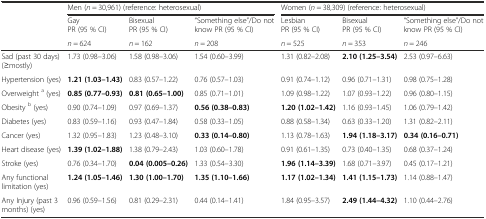
<table><thead><tr><td rowspan="3"></td><td colspan="3"><b>Men (<i>n</i> = 30,961) (reference: heterosexual)</b></td><td colspan="3"><b>Women (<i>n</i> = 38,309) (reference: heterosexual)</b></td></tr><tr><td><b>Gay PR (95 % CI)</b></td><td><b>Bisexual PR (95 % CI)</b></td><td><b>“Something else”/Do not know PR (95 % CI)</b></td><td><b>Lesbian PR (95 % CI)</b></td><td><b>Bisexual PR (95 % CI)</b></td><td><b>“Something else”/Do not know PR (95 % CI)</b></td></tr><tr><td><b><i>n</i> = 624</b></td><td><b><i>n</i> = 162</b></td><td><b><i>n</i> = 208</b></td><td><b><i>n</i> = 525</b></td><td><b><i>n</i> = 353</b></td><td><b><i>n</i> = 246</b></td></tr></thead><tbody><tr><td>Sad (past 30 days) (≥mostly)</td><td>1.73 (0.98–3.06)</td><td>1.58 (0.98–3.06)</td><td>1.54 (0.60–3.99)</td><td>1.31 (0.82–2.08)</td><td><b>2.10 (1.25–3.54)</b></td><td>2.53 (0.97–6.63)</td></tr><tr><td>Hypertension (yes)</td><td><b>1.21 (1.03–1.43)</b></td><td>0.83 (0.57–1.22)</td><td>0.76 (0.57–1.03)</td><td>0.91 (0.74–1.12)</td><td>0.96 (0.71–1.31)</td><td>0.98 (0.75–1.28)</td></tr><tr><td>Overweight <sup>a</sup> (yes)</td><td><b>0.85 (0.77–0.93)</b></td><td><b>0.81 (0.65–1.00)</b></td><td>0.85 (0.71–1.01)</td><td>1.09 (0.98–1.22)</td><td>1.07 (0.93–1.22)</td><td>0.96 (0.80–1.15)</td></tr><tr><td>Obesity <sup>b</sup> (yes)</td><td>0.90 (0.74–1.09)</td><td>0.97 (0.69–1.37)</td><td><b>0.56 (0.38–0.83)</b></td><td><b>1.20 (1.02–1.42)</b></td><td>1.16 (0.93–1.45)</td><td>1.06 (0.79–1.42)</td></tr><tr><td>Diabetes (yes)</td><td>0.83 (0.59–1.16)</td><td>0.93 (0.47–1.84)</td><td>0.58 (0.33–1.05)</td><td>0.88 (0.58–1.34)</td><td>0.63 (0.33–1.20)</td><td>1.31 (0.82–2.11)</td></tr><tr><td>Cancer (yes)</td><td>1.32 (0.95–1.83)</td><td>1.23 (0.48–3.10)</td><td><b>0.33 (0.14–0.80)</b></td><td>1.13 (0.78–1.63)</td><td><b>1.94 (1.18–3.17)</b></td><td><b>0.34 (0.16–0.71)</b></td></tr><tr><td>Heart disease (yes)</td><td><b>1.39 (1.02–1.88)</b></td><td>1.38 (0.79–2.43)</td><td>1.03 (0.60–1.78)</td><td>0.91 (0.61–1.35)</td><td>0.73 (0.40–1.35)</td><td>0.68 (0.37–1.24)</td></tr><tr><td>Stroke (yes)</td><td>0.76 (0.34–1.70)</td><td><b>0.04 (0.005–0.26)</b></td><td>1.33 (0.54–3.30)</td><td><b>1.96 (1.14–3.39)</b></td><td>1.68 (0.71–3.97)</td><td>0.45 (0.17–1.21)</td></tr><tr><td>Any functional limitation (yes)</td><td><b>1.24 (1.05–1.46)</b></td><td><b>1.30 (1.00–1.70)</b></td><td><b>1.35 (1.10–1.66)</b></td><td><b>1.17 (1.02–1.34)</b></td><td><b>1.41 (1.15–1.73)</b></td><td>1.14 (0.88–1.47)</td></tr><tr><td>Any Injury (past 3 months) (yes)</td><td>0.96 (0.59–1.56)</td><td>0.81 (0.29–2.31)</td><td>0.44 (0.14–1.41)</td><td>1.84 (0.95–3.57)</td><td><b>2.49 (1.44–4.32)</b></td><td>1.10 (0.44–2.76)</td></tr></tbody></table>